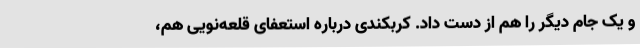
و یک جام دیگر را هم از دست داد. کربکندی درباره استعفای قلعه‌نویی هم،